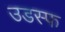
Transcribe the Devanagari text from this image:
उडस्फ